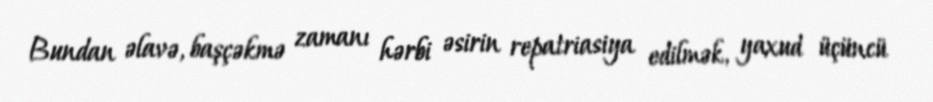
Bundan əlavə, başçəkmə zamanı hərbi əsirin repatriasiya edilmək, yaxud üçüncü